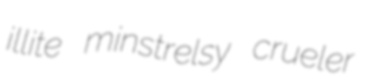
illite minstrelsy crueler